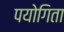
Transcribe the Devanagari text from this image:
पयोगिता